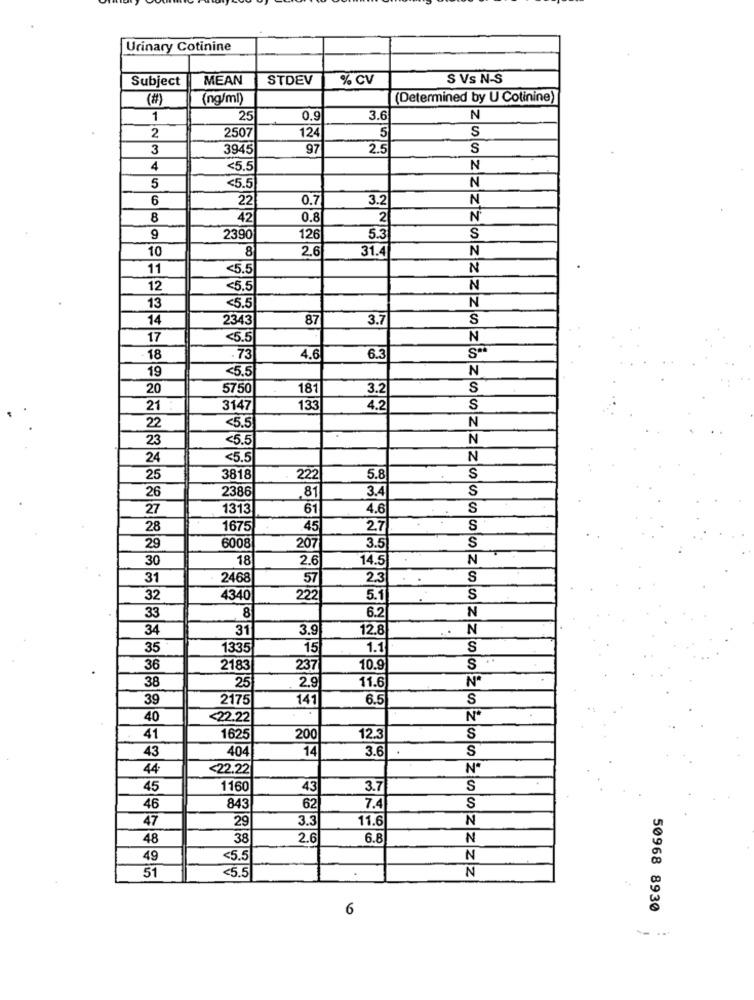
Urinary Cotinine
Subject
MEAN
STDEV
% CV
S Vs N-S
(#)
(ng/ml)
(Determined by U Cotinine)
1
25
0.9
3.6
N
2
2507
124
5
S
3
3945
97
2.5
S
4
<5.5
N
N
5
<5.5
6
22
0.7
3.2
N
8
42
0.8
2
N
9
2390
126
5.3
S
10
8
2.6
31.4
N
11
<5.5
N
12
<5.5
N
<5.5
N
13
14
2343
87
3.7
S
17
<5.5
N
18
. 73
4.6
6.3
19
<5.5
N
20
5750
181
3.2
S
21
3147
133
4.2
S
N
22
<5.5
23
<5.5
N
24
<5.5
N
25
3818
222
5.8
S
26
2386
3.4
S
81
27
1313
61
4.6
S
28
1675
45
27
S
S
29
6008
207
3.5
30
18
2.6
14.5
N
31
2468
57
2.3
S
32
4340
222
5.1
S
6.2
33
8
N
34
31
3.9
12.8
. .
N
35
1335
15
1.1
S
36
2183
237
10.9
S
38
25
2.9
Nº
11.6
39
2175
141
6.5
S
40
<22.22
Nº
41
1625
200
12.3
S
43
404
14
3.6
S
44
<22.22
Nº
45
1160
43
3.7
S
46
843
62
7.4
S
47
29
3.3
11.6
N
48
38
2.6
6.8
N
49
<5.5
N
51
<5.5
N
6
50968 8930